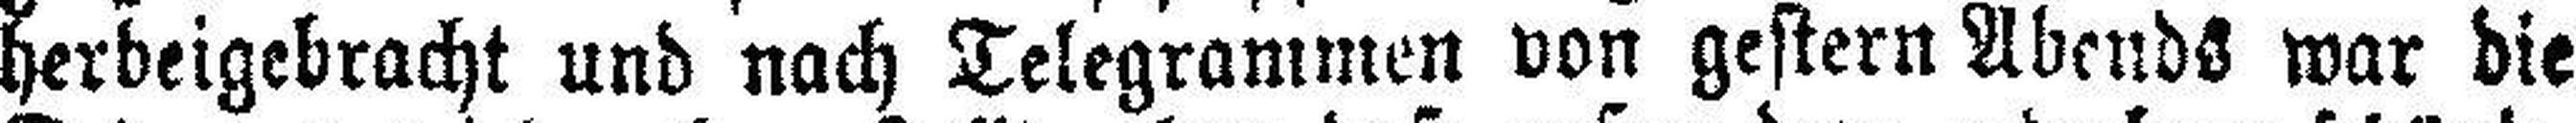
herbeigebracht und nach Telegrammen von gestern Abends war die